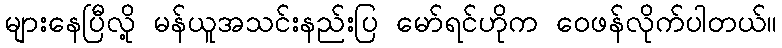
များနေပြီလို့ မန်ယူအသင်းနည်းပြ မော်ရင်ဟိုက ဝေဖန်လိုက်ပါတယ်။